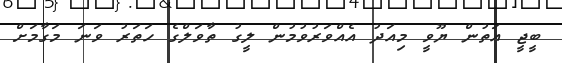
ބީޖީ އަތުން ޔޫވީ މިއަދު އެއްވަރުވުމުން ލީގު ތާވަލްގެ ހަތަރު ވަނަ މަގާމަށް